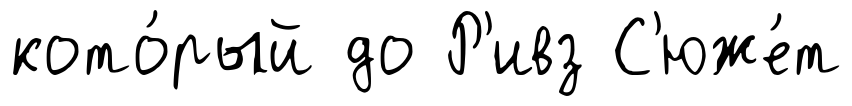
кото́рый до Р'ивз С'юже́т